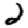
Digit: 2